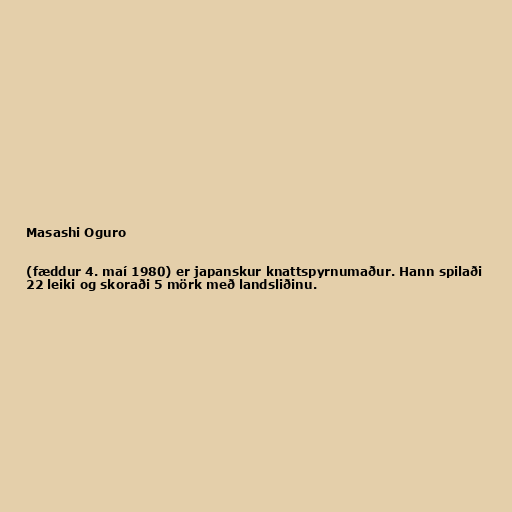
Masashi Oguro

(fæddur 4. maí 1980) er japanskur knattspyrnumaður. Hann spilaði
22 leiki og skoraði 5 mörk með landsliðinu.